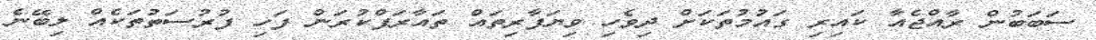
ސަބަބުން ރާއްޖެއާ ކައިރި ގައުމުތަކަށް ދިވެހި ވިޔަފާރިތައް ތައާރަފްކުރަން ފަހި ފުރުސަތުތަކެއް ލިބޭނެ